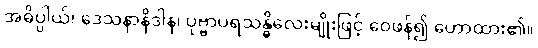
အဓိပ္ပါယ်၊ ဒေသနာနိဒါန၊ ပုဗ္ဗာပရသန္ဓိလေးမျိုးဖြင့် ဝေဖန်၍ ဟောထား၏။